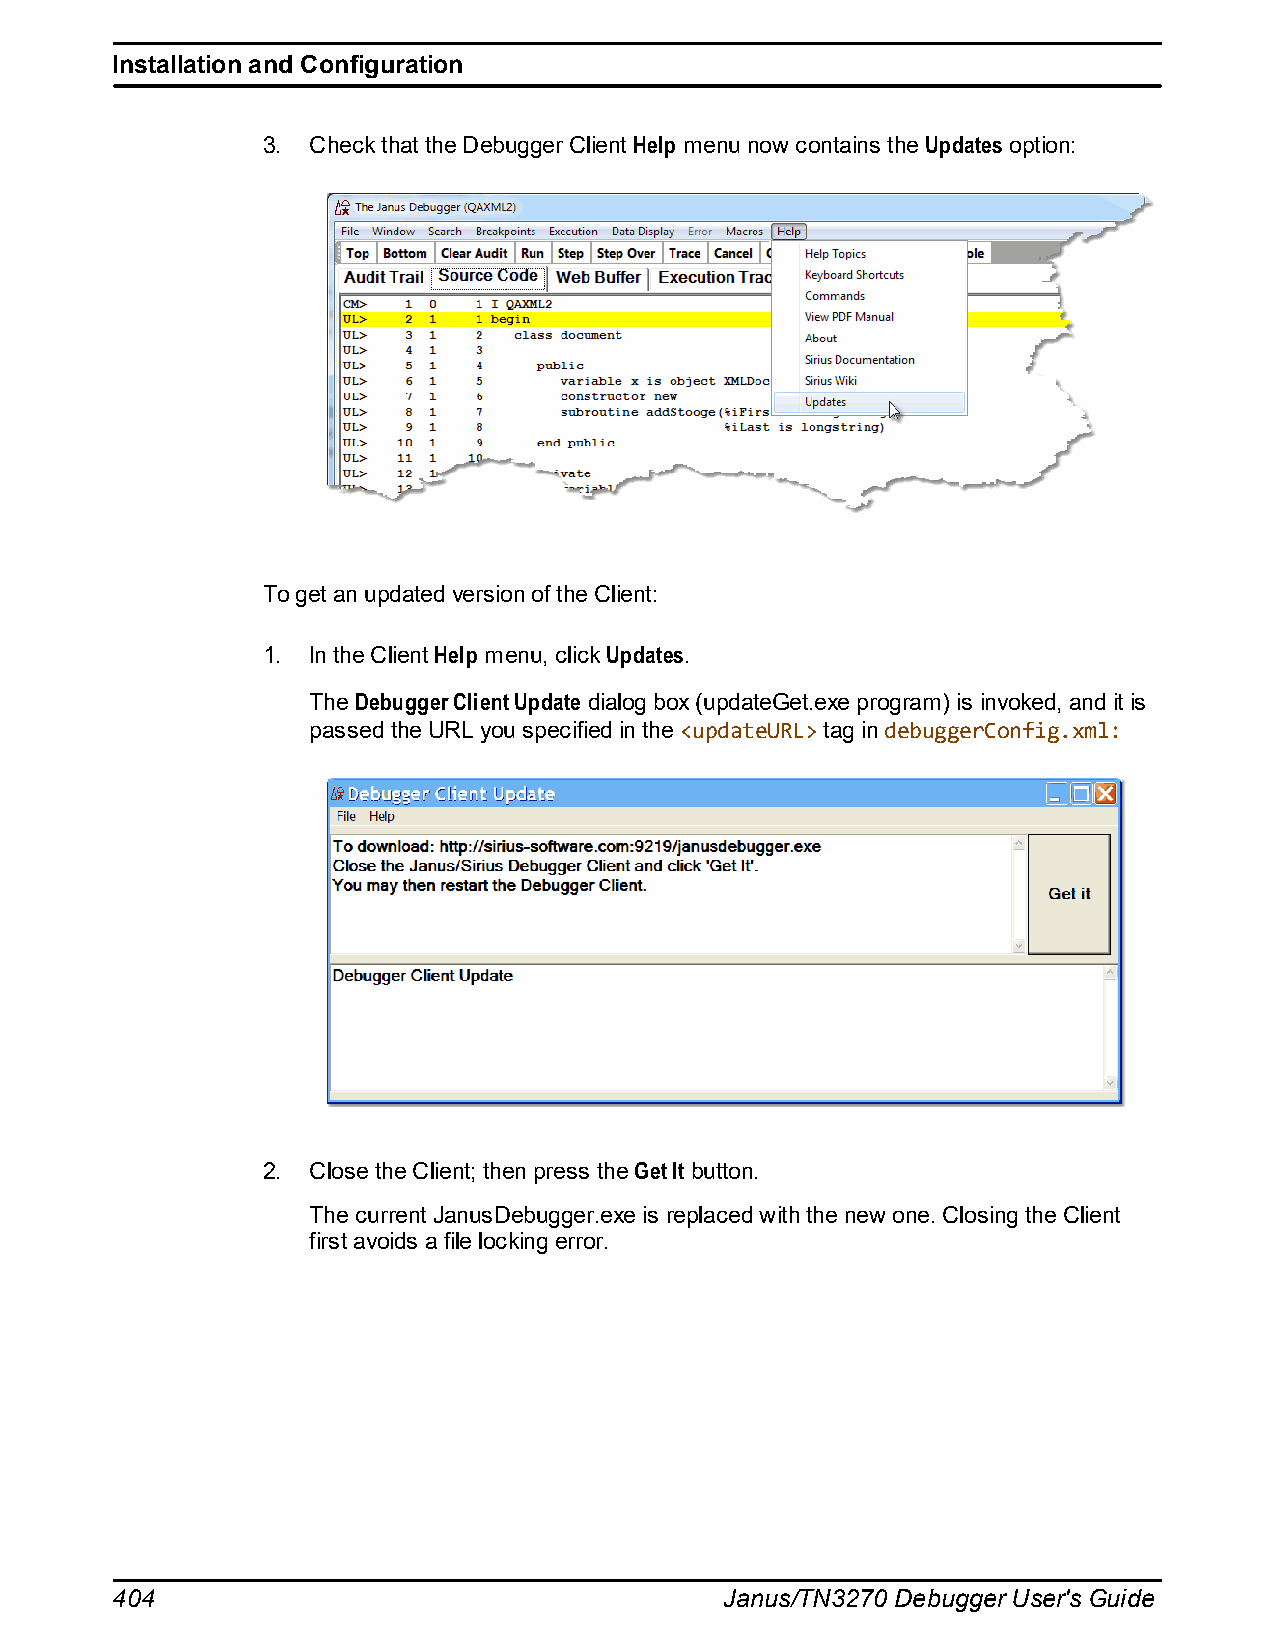
Installation and Configuration
 3. Check that the Debugger Client Help menu now contains the Updates option:
 To get an updated version of the Client:
 1. In the Client Help menu, click Updates.
 The Debugger Client Update dialog box (updateGet.exe program) is invoked, and it is
 passed the URL you specified in the <updateURL> tag in debuggerConfig.xml:
 2. Close the Client; then press the Get It button.
 The current JanusDebugger.exe is replaced with the new one. Closing the Client
 first avoids a file locking error.
 404                                      Janus/TN3270 Debugger User's Guide